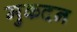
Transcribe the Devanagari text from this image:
मुकदन